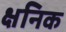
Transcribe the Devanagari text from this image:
क्षनिक